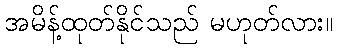
အမိန့်ထုတ်နိုင်သည် မဟုတ်လား။